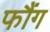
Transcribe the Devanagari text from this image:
फौंग